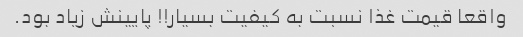
واقعا قیمت غذا نسبت به کیفیت بسیار!! پایینش زیاد بود.